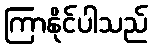
ကြာနိုင်ပါသည်